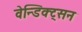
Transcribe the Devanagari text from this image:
वेन्डिक्ट्सन